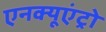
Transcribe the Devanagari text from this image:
एनक्यूएंट्रो